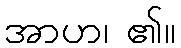
အာဟ၊ ၏။